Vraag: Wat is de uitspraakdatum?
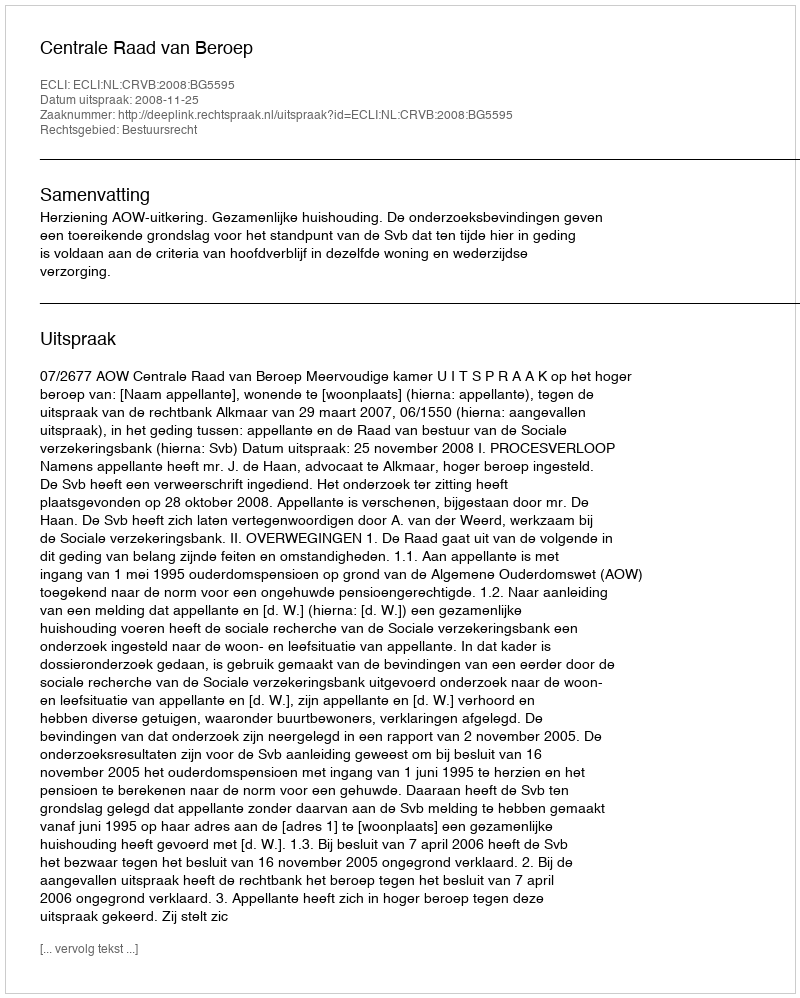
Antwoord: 2008-11-25